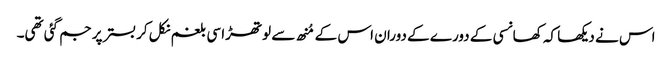
اس نے دیکھا کہ کھانسی کے دورے کے دوران اس کے مُنھ سے لوتھڑا سی بلغم نکل کر بستر پر جم گئی تھی۔